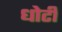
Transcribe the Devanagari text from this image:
धोटी